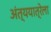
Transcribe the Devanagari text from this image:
अंत्ययात्रेला